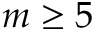
m \geq 5